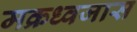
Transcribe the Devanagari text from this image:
मक्रध्वजास